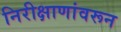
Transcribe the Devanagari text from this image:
निरीक्षाणांवरून